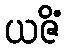
ယဇိံ